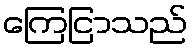
ကြေငြာသည်